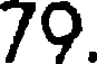
79.